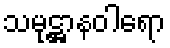
သမုဋ္ဌာနဝါရော